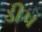
ડીપ